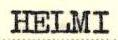
HELMI